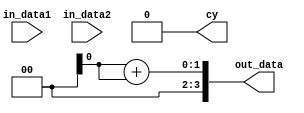
module adder4 (in_data1, in_data2, out_data, cy);
    //
    input  [3:0] in_data1, in_data2; //def input, bitrange: [3:0]
    output [3:0] out_data;
    output       cy; //carrybit

    //
    wire [4:0] rslt;
    
    //(assign)
    assign rslt = in_data + in_data; //rslt5bit
    assign cy = rslt[4];
    assign out_data = rslt[3:0];
    
 endmodule